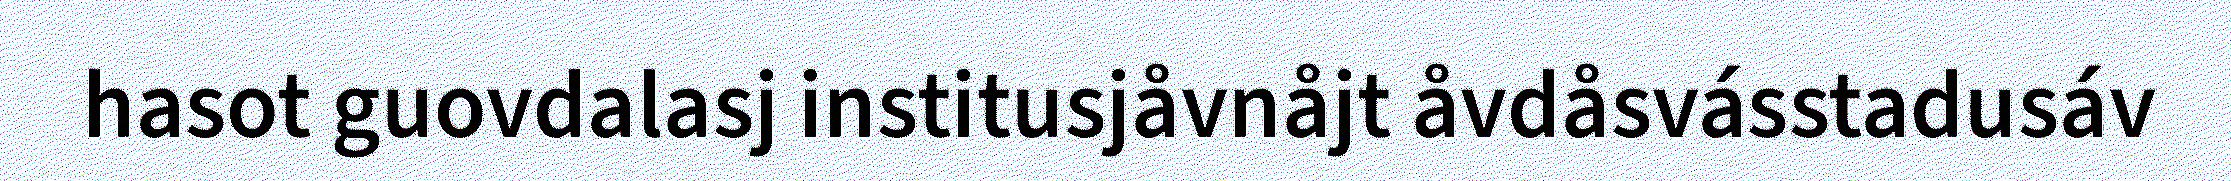
hasot guovdalasj institusjåvnåjt åvdåsvásstadusáv